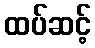
ထပ်ဆင့်